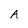
Character: A